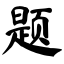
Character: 题